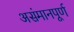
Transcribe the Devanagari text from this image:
असंमानपूर्ण